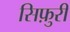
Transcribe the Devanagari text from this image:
सिफ़ुरी